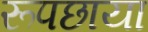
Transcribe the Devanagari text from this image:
रूपछाया